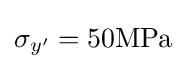
\sigma _{y'}=50{\textrm {MPa}}